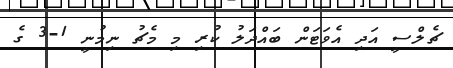
ޗެލްސީ އަދި އެވަޓަން ބައްދަލު ކުރި މި މެޗު ނިމުނީ 1-3 ގެ